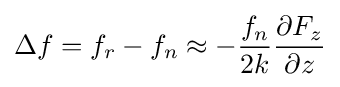
\Delta f=f_{r}-f_{n}\approx -{\frac {f_{n}}{2k}}{\frac {\partial F_{z}}{\partial z}}\,\!